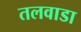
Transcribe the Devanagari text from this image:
तलवाडा